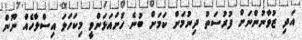
އަދި ޒުވާނުންނަށް ފުރުސަތު ދިނުމަށް ކަމަށް ބުނެ ހުށައަޅަންވީ މިކަހަލަ އިސްލާހެއް ނޫން